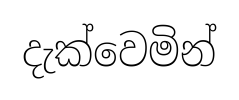
දැක්වෙමින්